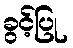
ခွင့်ပြု